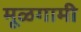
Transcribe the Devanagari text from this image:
मूळगामी